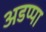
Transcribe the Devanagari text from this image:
अडप्पा